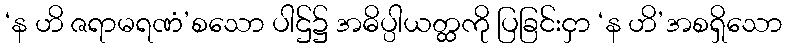
‘န ဟိ ဇရာမရဏံ’စသော ပါဌ်၌ အဓိပ္ပါယတ္ထကို ပြခြင်းငှာ ‘န ဟိ’အစရှိသော